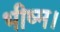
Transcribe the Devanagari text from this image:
भीष्म।